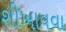
શીખાવવા